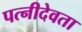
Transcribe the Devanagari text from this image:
पत्नीदेवता